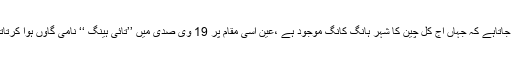
کہا جاتاہے کہ جہاں آج کل چین کا شہر ہانگ کانگ موجود ہے ،عین اُسی مقام پر 19 وی صدی میں ’’تائی ہینگ ‘‘ نامی گاؤں ہوا کرتاتھا ۔